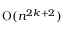
{ \mathrm { O } } ( n ^ { 2 k + 2 } )